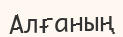
Алғаның